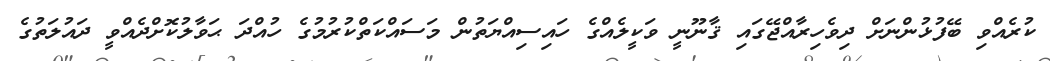
ކުރެއްވި ބޭފުޅުންނަށް ދިވެހިރާއްޖޭގައި ޤާނޫނީ ވަކީލެއްގެ ހައިސިއްޔަތުން މަސައްކަތްކުރުމުގެ ހުއްދަ ޙަވާލުކޮށްދެއްވީ ދައުލަތުގެ